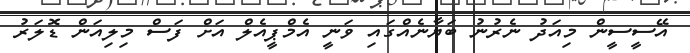
އޭސީސީން މިއަދު ނެރުނު ބަޔާނެއްގައި ވަނީ އެމްޕީއެލް އަށް ފަސް މިލިއަން ޑޮލަރު